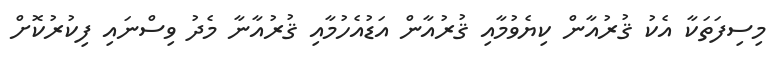
މިސިފަތަކާ އެކު ޤުރުއާން ކިޔެވުމާއި ޤުރުއާން އަޑުއެހުމާއި ޤުރުއާނާ މެދު ވިސްނައި ފިކުރުކޮށް